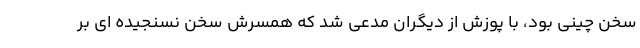
سخن چینی بود، با پوزش از دیگران مدعی شد که همسرش سخن نسنجیده ای بر